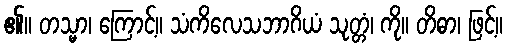
၏။ တသ္မာ၊ ကြောင့်။ သံကိလေသဘာဂိယံ သုတ္တံ၊ ကို။ တိဓာ၊ ဖြင့်။